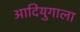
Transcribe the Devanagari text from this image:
आदियुगाला